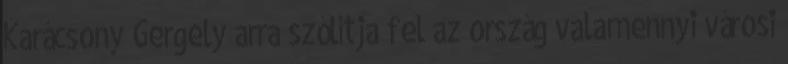
Karácsony Gergely arra szólítja fel az ország valamennyi városi